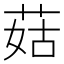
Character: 菇